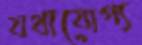
যথাযোগ্য